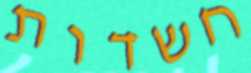
חשדות